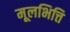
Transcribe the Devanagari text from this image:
मूलभित्ति